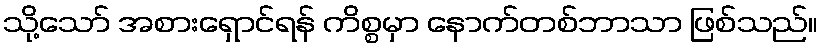
သို့သော် အစားရှောင်ရန် ကိစ္စမှာ နောက်တစ်ဘာသာ ဖြစ်သည်။